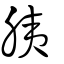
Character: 胰